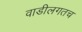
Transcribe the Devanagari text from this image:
वाडीलगतच